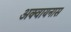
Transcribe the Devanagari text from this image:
अक्वायनास